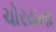
ચોરયના